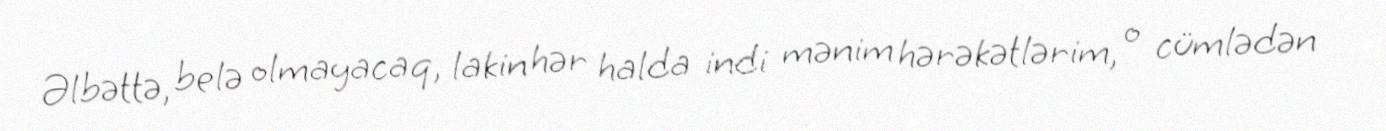
Əlbəttə, belə olmayacaq, lakin hər halda indi mənim hərəkətlərim, o cümlədən